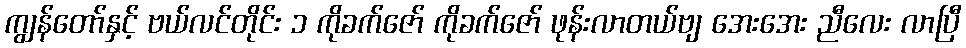
ကျွန်တော်နှင့် ဗယ်လင်တိုင်း ၁ ကိုခက်ဇော် ကိုခက်ဇော် ဖုန်းလာတယ်ဗျ အေးအေး ညီလေး လာပြီ